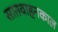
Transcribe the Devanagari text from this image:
सातवाहनकाल